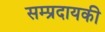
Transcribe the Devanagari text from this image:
सम्प्रदायकी